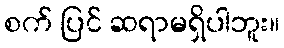
စက် ပြင် ဆရာမရှိပါဘူး။